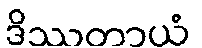
ဒိဿတာယံ